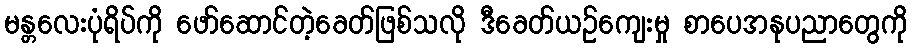
မန္တလေးပုံရိပ်ကို ဖော်ဆောင်တဲ့ခေတ်ဖြစ်သလို ဒီခေတ်ယဉ်ကျေးမှု စာပေအနုပညာတွေကို